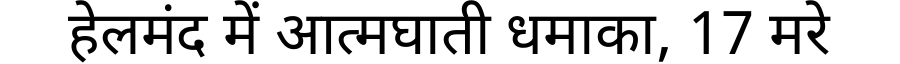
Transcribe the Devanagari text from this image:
हेलमंद में आत्मघाती धमाका, 17 मरे